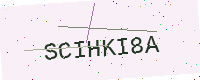
Text: SCIHKI8A